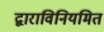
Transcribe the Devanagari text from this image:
द्वाराविनियमित